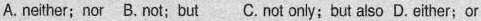
A. neither;nor B. not; but C.not only;but also D. either;or